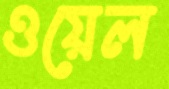
ওয়েল